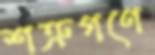
শত্রুগণে